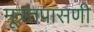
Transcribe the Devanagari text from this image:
मूत्रतपासणी